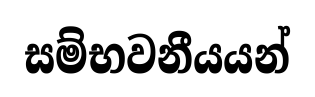
සම්භවනීයයන්